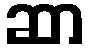
ဆာ